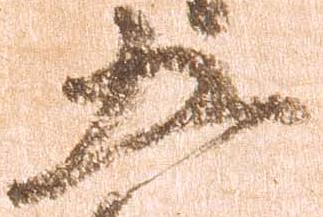
五